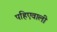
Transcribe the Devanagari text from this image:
पहिएवाली